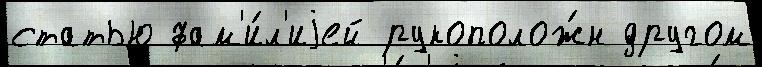
статью фам'и́л'иjей рукополож́н другом